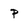
Character: p